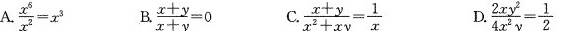
A .$$\frac{ x ^ { 6 } }{ x ^ { 2 } } = x ^ { 3 }$$ B .$$\frac{ x + y }{ x + y } = 0$$ C. $$\frac{ x + y }{ x ^ { 2 } + x y } = \frac{ 1 }{ x }$$ D.$$\frac{ 2 x y ^ { 2 } }{ 4 x ^ { 2 } y } = \frac{ 1 }{ 2 }$$